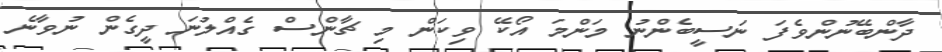
ދާންބޭނުންވެފަ ނަސީބެންނު މަންމަ އޯކޭ ވިކަން މި ޗާންސް ގެއްލުނަ ދީގެން ނުވާނެ